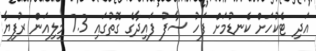
އަދި ޓެކުހަށް ކެނޑުމަށް ފަހު ސާފު ފައިދާގެ ގޮތުގައި 7.3 މިލިއަން ރުފިޔާ